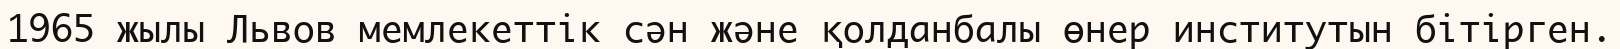
1965 жылы Львов мемлекеттік сән және қолданбалы өнер институтын бітірген.